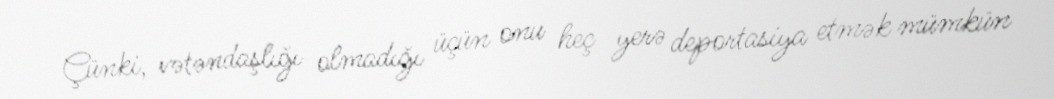
Çünki, vətəndaşlığı olmadığı üçün onu heç yerə deportasiya etmək mümkün